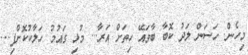
މިހެން. ހަސަން ލަދު ކޮބާ ބާވައޭ ހިތަށް އަރާ... މުޅި ގައުމު ހަލާކުކޮށްފި...